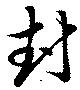
封